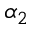
\alpha _ { 2 }